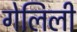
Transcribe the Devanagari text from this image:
गेलिली